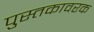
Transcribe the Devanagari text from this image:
पुस्तकावरक